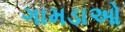
ગામડાઓ